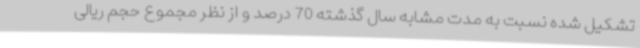
تشکیل شده نسبت به مدت مشابه سال گذشته 70 درصد و از نظر مجموع حجم ریالی